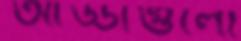
আড্ডাগুলো